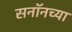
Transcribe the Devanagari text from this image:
सनॉनच्या